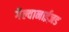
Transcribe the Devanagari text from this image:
गैल्वानाईज़ड